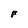
Character: F